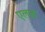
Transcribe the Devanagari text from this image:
एलज